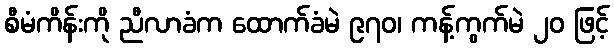
စီမံကိန်းကို ညီလာခံက ထောက်ခံမဲ ၉၇၀၊ ကန့်ကွက်မဲ ၂၀ ဖြင့်